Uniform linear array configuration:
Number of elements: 12
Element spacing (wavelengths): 0.5
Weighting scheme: hann
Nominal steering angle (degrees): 15
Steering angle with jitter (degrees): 14.365
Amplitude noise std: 0.05
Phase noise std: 0.05

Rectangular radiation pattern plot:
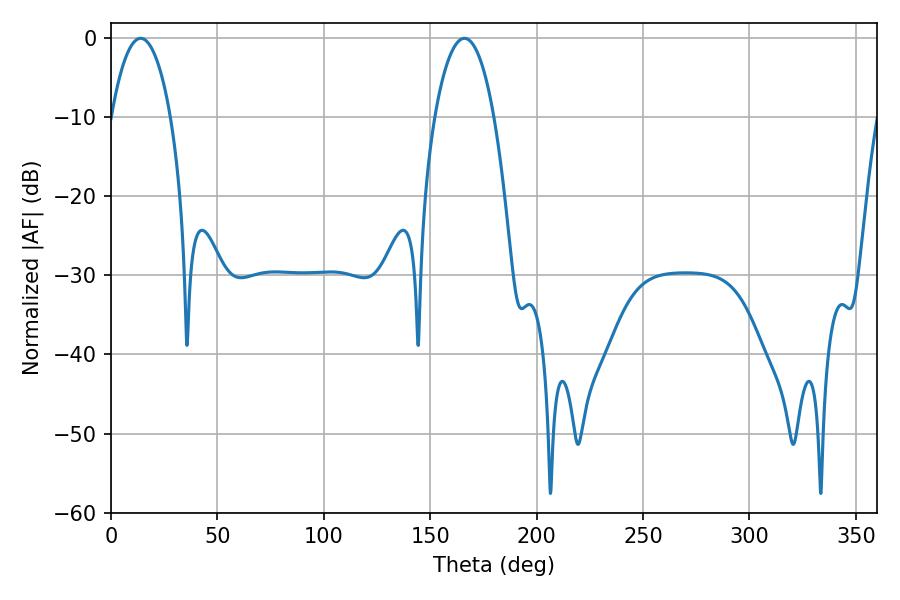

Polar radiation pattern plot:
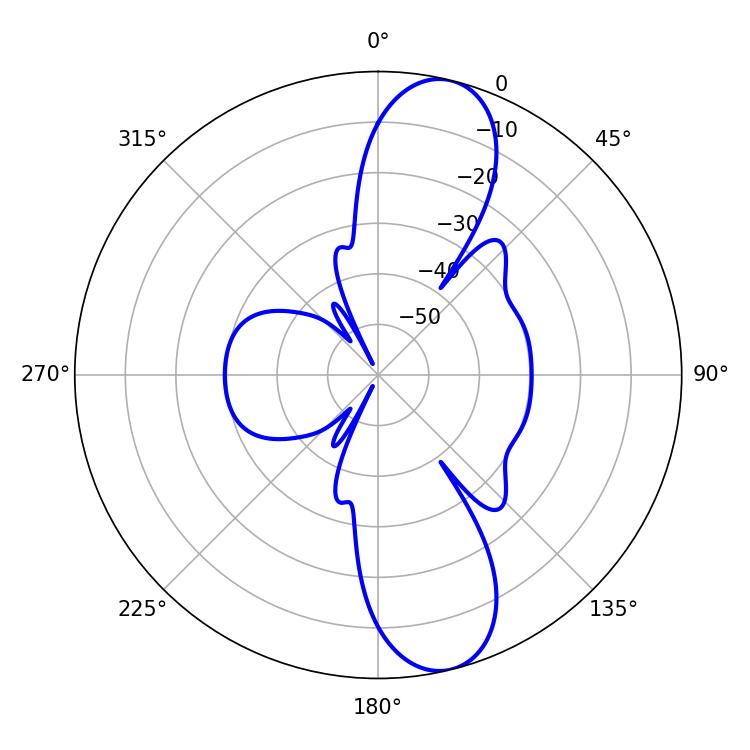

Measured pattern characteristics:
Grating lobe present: FALSE
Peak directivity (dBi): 11.576
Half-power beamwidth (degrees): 15.66
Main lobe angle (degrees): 13.86